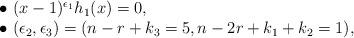
LaTeX: \begin{align*} \begin{array}{l} \bullet~ (x-1)^{\epsilon_1}h_1(x)=0,\\ \bullet~ (\epsilon_2,\epsilon_3)=(n-r+k_3=5, n-2r+k_1+k_2=1),\\ \end{array}\end{align*}